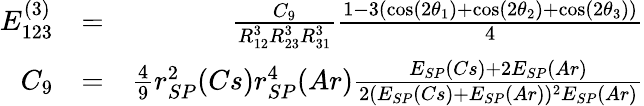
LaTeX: \begin{array}{rlr}{E_{123}^{(3)}}&{=}&{\frac{C_{9}}{R_{12}^{3}R_{23}^{3}R_{31}^{3}}\frac{1-3(\cos(2\theta_{1})+\cos(2\theta_{2})+\cos(2\theta_{3}))}{4}}\\ {C_{9}}&{=}&{\frac{4}{9}r_{SP}^{2}(Cs)r_{SP}^{4}(Ar)\frac{E_{SP}(Cs)+2E_{SP}(Ar)}{2(E_{SP}(Cs)+E_{SP}(Ar))^{2}E_{SP}(Ar)}}\end{array}